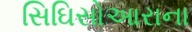
સિઘિસોઆરાના